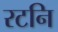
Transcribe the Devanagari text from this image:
रटनि